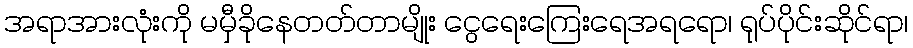
အရာအားလုံးကို မမှီခိုနေတတ်တာမျိုး ငွေရေးကြေးရေအရရော၊ ရုပ်ပိုင်းဆိုင်ရာ၊